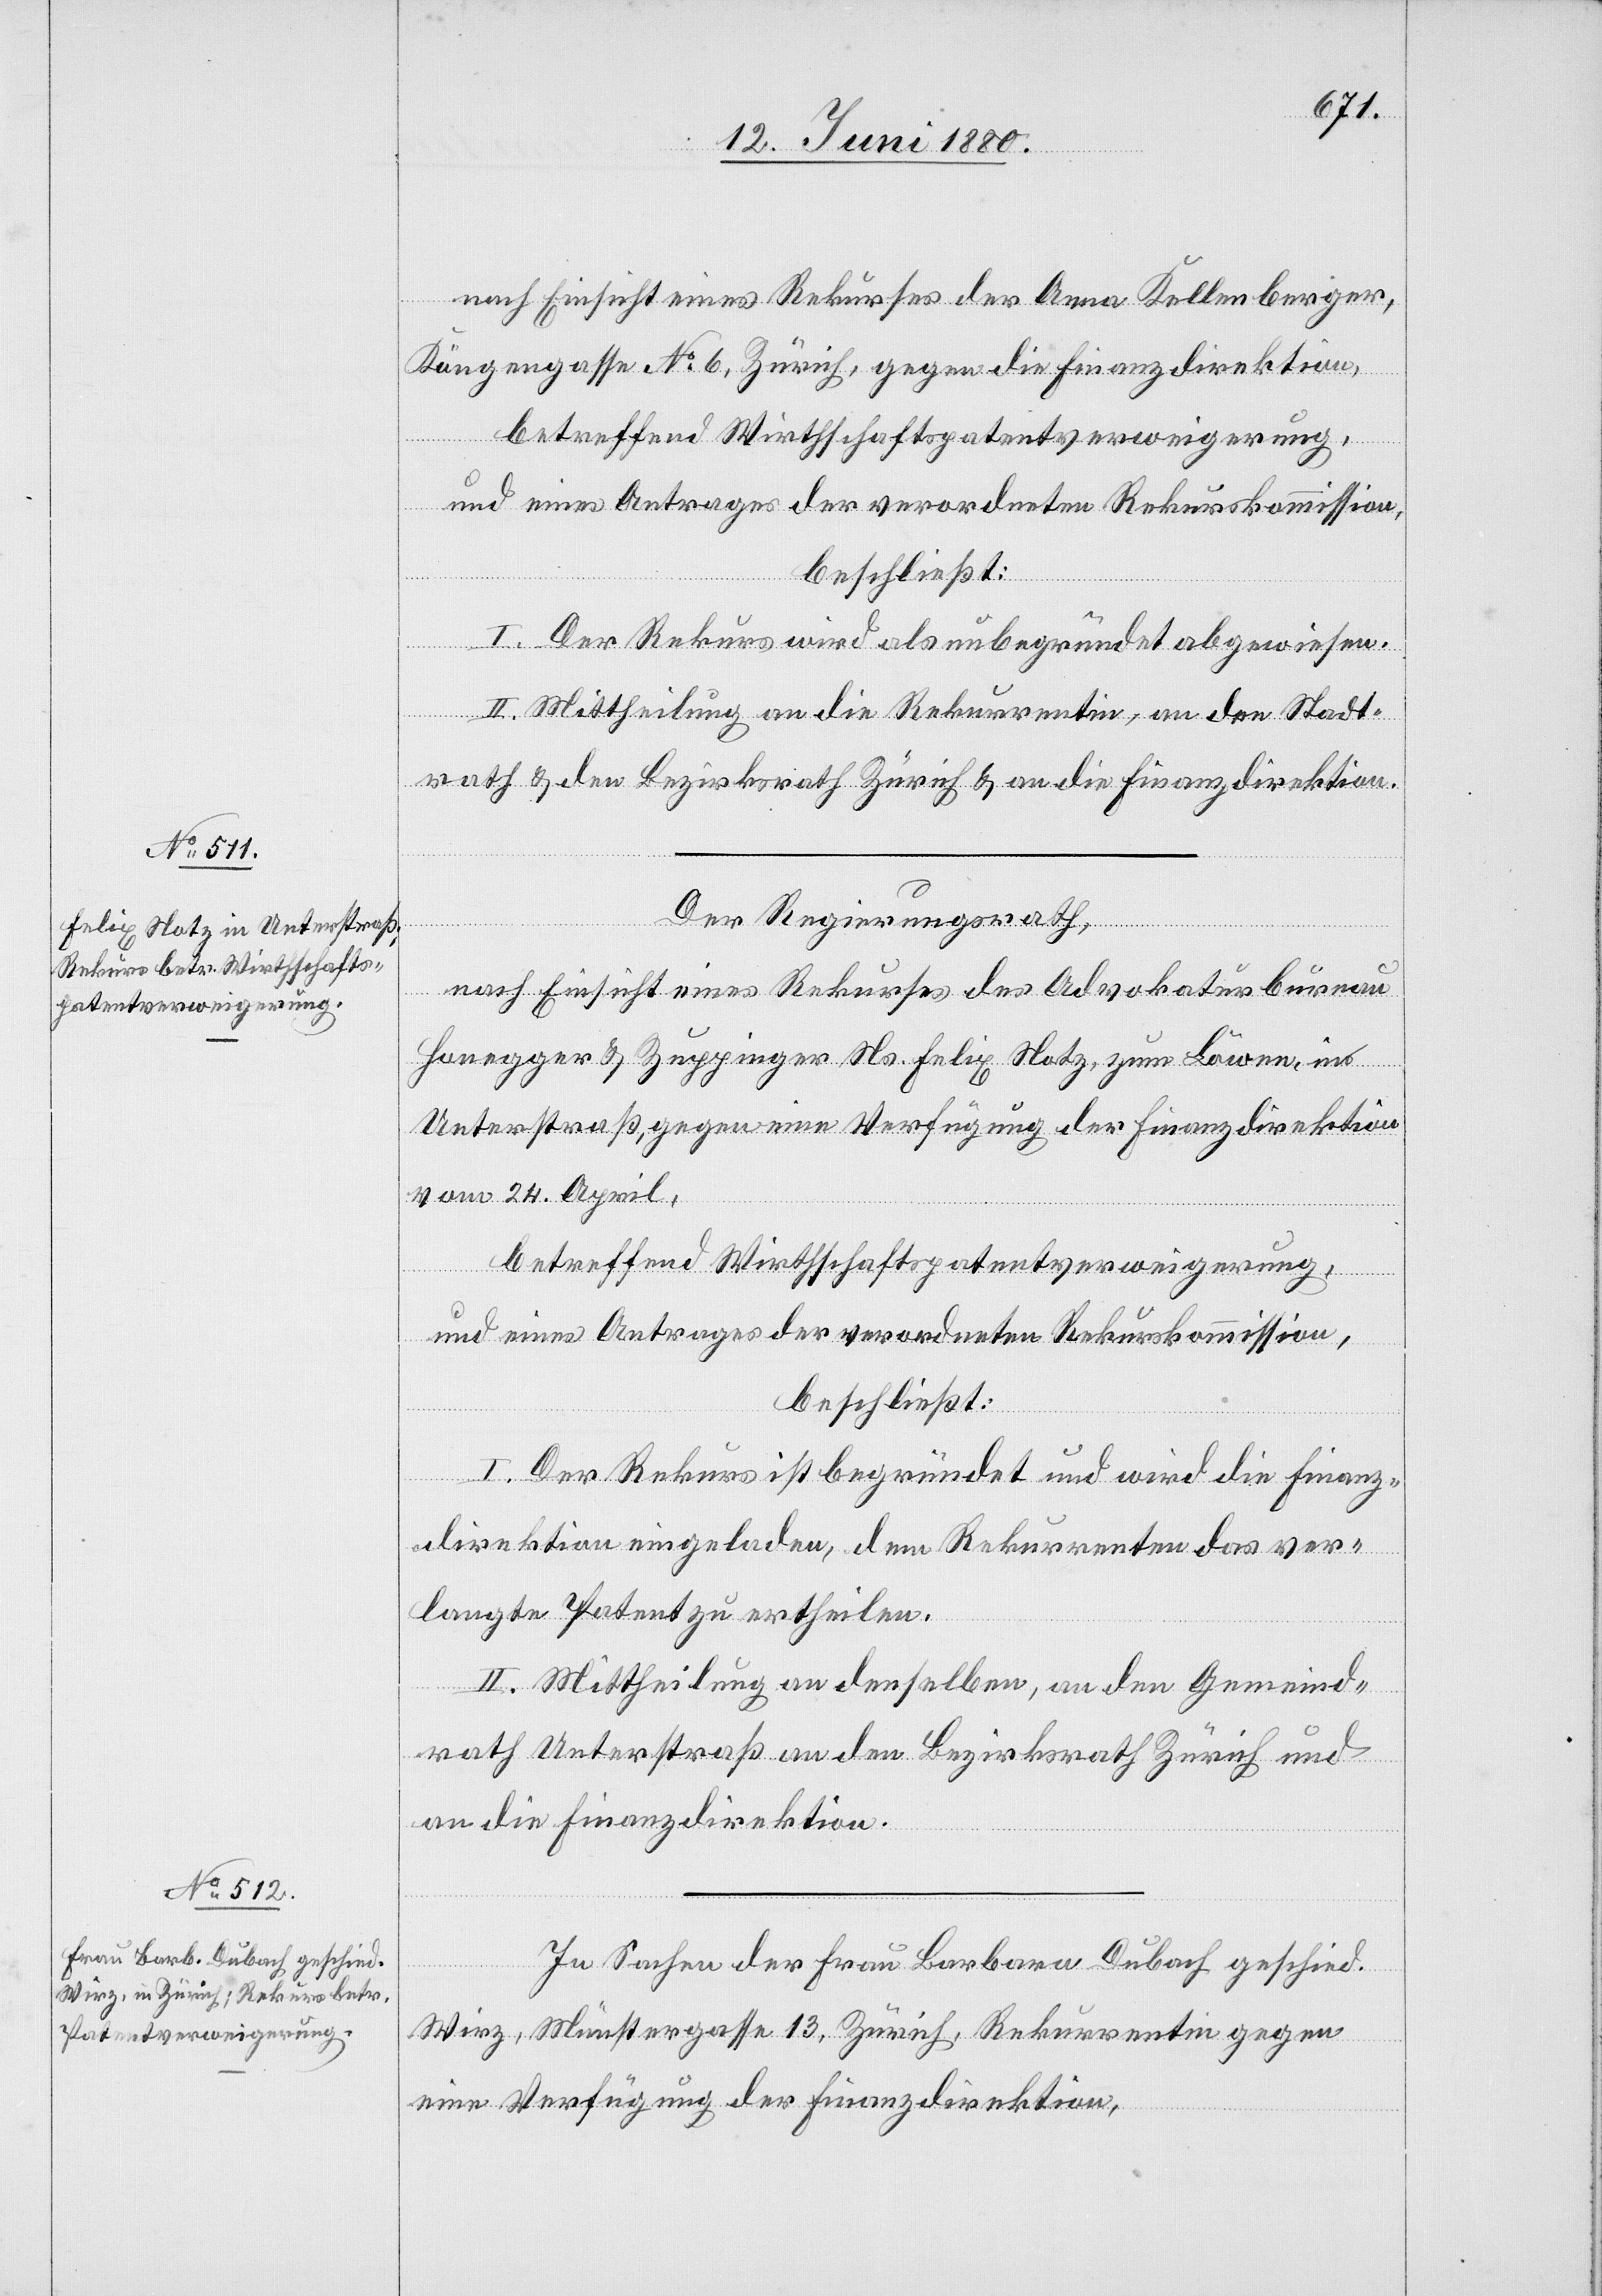
nach Einsicht eines Rekurses der Anna Kellenberger,
Köngengasse No 6, Zürich, gegen die Finanzdirektion,
betreffend Wirthschaftspatentverweigerung,
und eines Antrages der verordneten Rekurskommission,
beschließt:
I. Der Rekurs wird als unbegründet abgewiesen.
II. Mittheilung an die Rekurrentin, an den Stadt¬
rath & den Bezirksrath Zürich & an die Finanzdirektion.
Der Regierungsrath,
nach Einsicht eines Rekurses des Advokaturbureau
Honegger & Zuppinger Ns. Felix Notz, zum Löwen, in
Unterstraß, gegen eine Verfügung der Finanzdirektion
vom 24. April,
betreffend Wirthschaftspatentverweigerung,
und eines Antrages der verordneten Rekurskommission,
beschließt:
I. Der Rekurs ist begründet und wird die Finanz¬
direktion eingeladen, dem Rekurrenten das ver¬
langte Patent zu ertheilen.
II. Mittheilung an denselben, an den Gemeind¬
rath Unterstraß, an den Bezirksrath Zürich und
an die Finanzdirektion.
In Sachen der Frau Barbara Dubach geschied.
Wirtz, Münstergasse 13, Zürich, Rekurrentin gegen
eine Verfügung der Finanzdirektion,